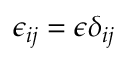
{ \epsilon _ { i j } } = \epsilon \delta _ { i j }